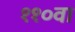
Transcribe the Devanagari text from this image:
११०वा